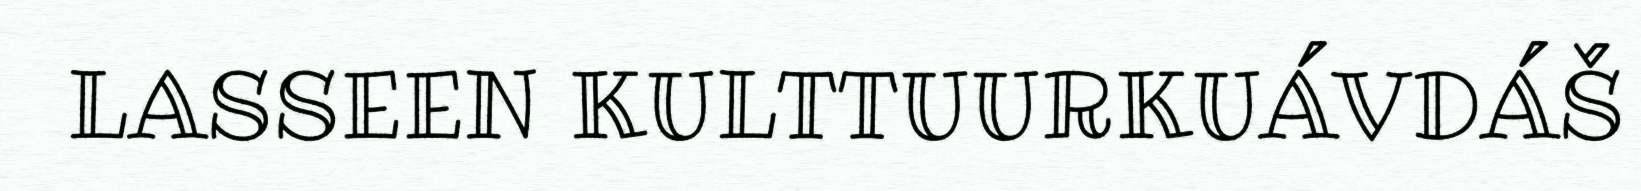
LASSEEN KULTTUURKUÁVDÁŠ